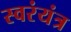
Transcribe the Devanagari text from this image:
स्वरंयंत्र